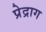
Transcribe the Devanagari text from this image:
प्रेद्राग